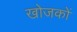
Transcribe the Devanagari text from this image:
खोजकों